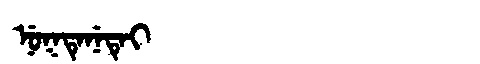
Manchu: ᠨᡠᡴᡨᡝᠨᡝᡨᡝᡳ
Romanization: NUKTENETEI